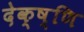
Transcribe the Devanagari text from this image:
देक्ष्णि